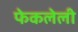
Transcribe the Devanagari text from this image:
फेकलेली